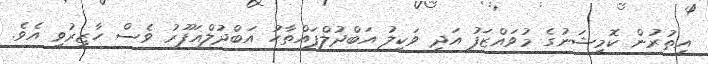
އިތުރުން ކޮމިޝަނުގެ މުވައްޒަފު އަދި ވަކީލު އަބްދުލްފައްތާހު އަބްދުލްޣަފޫރު ވެސް ހާޒިރުވި އެވެ.